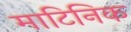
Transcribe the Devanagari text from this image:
माटिनिक